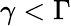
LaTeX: \gamma<\Gamma